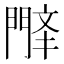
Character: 𫔤